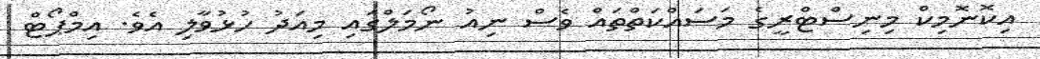
އިކޮނޮމިކް މިނިސްޓްރީގެ މަސައްކަތްތައް ވެސް ނިއު ނޯމަލްގައި މިއަދު ހުޅުވާލި އެވެ. އިމްޕޯޓް